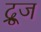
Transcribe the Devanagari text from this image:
द्रूज